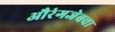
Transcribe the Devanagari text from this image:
औरंगजेबचा